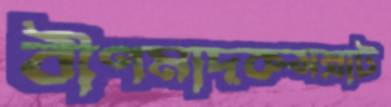
বীণমাদকসম্রাট